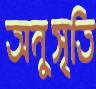
অনুসৃতি